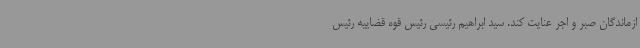
ازماندگان صبر و اجر عنایت کند. سید ابراهیم رئیسی رئیس قوه قضاییه رئیس